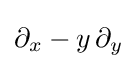
\partial _{x}-y\,\partial _{y}